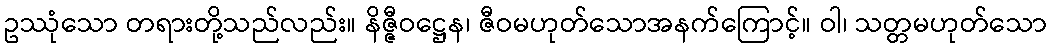
ဥဿုံသော တရားတို့သည်လည်း။ နိဇ္ဇီဝဋ္ဌေန၊ ဇီဝမဟုတ်သောအနက်ကြောင့်။ ဝါ၊ သတ္တမဟုတ်သော